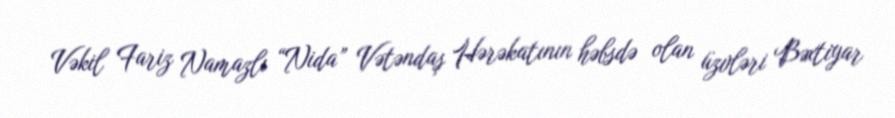
Vəkil Fariz Namazlı “Nida” Vətəndaş Hərəkatının həbsdə olan üzvləri Bəxtiyar